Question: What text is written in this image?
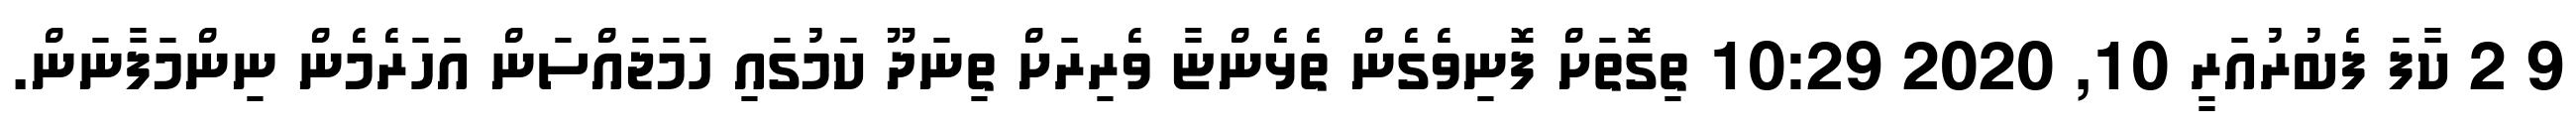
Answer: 9 2 ކާފަ ފެބުރުއަރީ 10, 2020 10:29 ތިގޮތަށް ފޮނިވެގެން ތެޅެންޏާ ވެރިރަށް ތިނަދޫ ކަމުގައި ހަމަޖައްސަން އަހަރެމެން ނިންމަފާނަން.